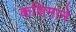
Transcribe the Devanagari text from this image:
कशिमाने